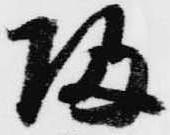
帰